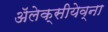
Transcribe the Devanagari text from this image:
ॲलेक्सीयेव्ना